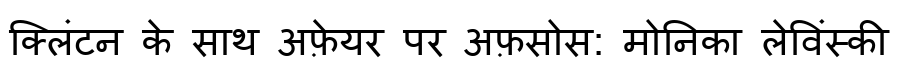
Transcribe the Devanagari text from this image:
क्लिंटन के साथ अफ़ेयर पर अफ़सोस: मोनिका लेविंस्की